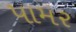
પામર